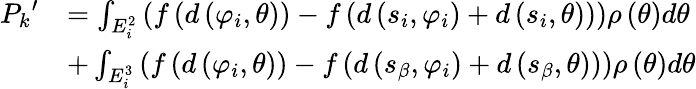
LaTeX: \begin{array}{rl}{{P_{k}}^{\prime}}&{=\int_{E_{i}^{2}}{\left({f\left({d\left({{\varphi_{i}},\theta}\right)}\right)-f\left({d\left({{s_{i}},{\varphi_{i}}}\right)+d\left({{s_{i}},\theta}\right)}\right)}\right)\rho\left(\theta\right)d\theta}}\\ &{+\int_{E_{i}^{3}}{\left({f\left({d\left({{\varphi_{i}},\theta}\right)}\right)-f\left({d\left({{s_{\beta}},{\varphi_{i}}}\right)+d\left({{s_{\beta}},\theta}\right)}\right)}\right)\rho\left(\theta\right)d\theta}}\end{array}